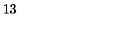
1 3